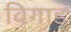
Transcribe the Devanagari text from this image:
विगाड़